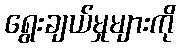
ရွေးချယ်မှုများကို